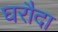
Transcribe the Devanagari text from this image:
घरौदा